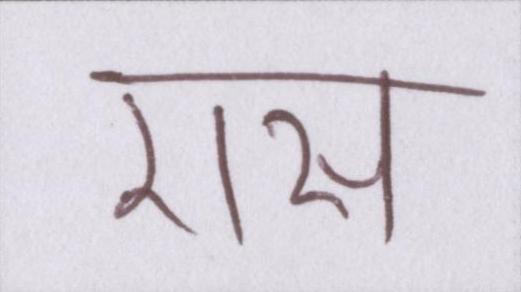
रास